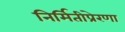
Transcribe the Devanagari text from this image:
निर्मितीप्रेरणा